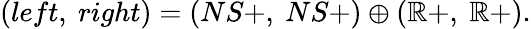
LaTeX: (left,\ right)=(NS+,\ NS+)\oplus(\mathbb{R}+,\ \mathbb{R}+).